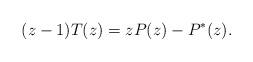
LaTeX: \begin{align*}(z-1) T(z) = z P(z) - P^{*}(z).\end{align*}